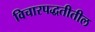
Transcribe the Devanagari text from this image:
विचारपद्धतीतील